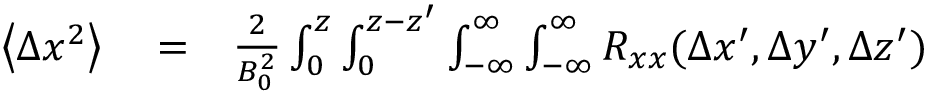
\begin{array} { r l r } { \left\langle \Delta x ^ { 2 } \right\rangle } & { { } = } & { \frac { 2 } { B _ { 0 } ^ { 2 } } \int _ { 0 } ^ { z } \int _ { 0 } ^ { z - { z } ^ { \prime } } \int _ { - \infty } ^ { \infty } \int _ { - \infty } ^ { \infty } R _ { x x } ( \Delta x ^ { \prime } , \Delta y ^ { \prime } , \Delta z ^ { \prime } ) } \end{array}